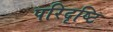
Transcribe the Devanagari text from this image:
परिदृष्टि